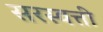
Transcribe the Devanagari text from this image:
सरस्वत्ती